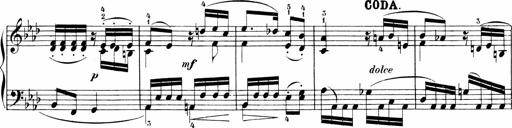
Title: 6 Sonatinas
Composer: Carl Reinecke